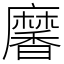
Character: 黁